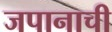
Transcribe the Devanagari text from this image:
जपानाची